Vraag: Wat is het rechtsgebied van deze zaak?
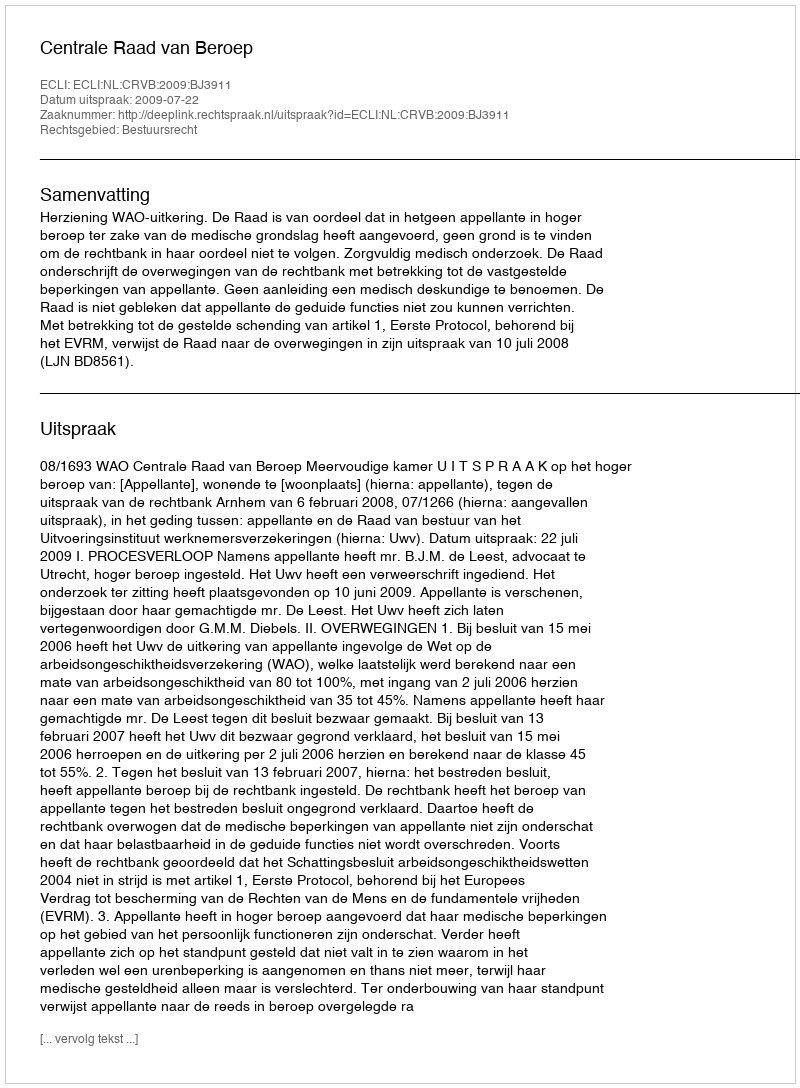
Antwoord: Bestuursrecht